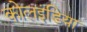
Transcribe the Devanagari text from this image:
कोलइंडिया